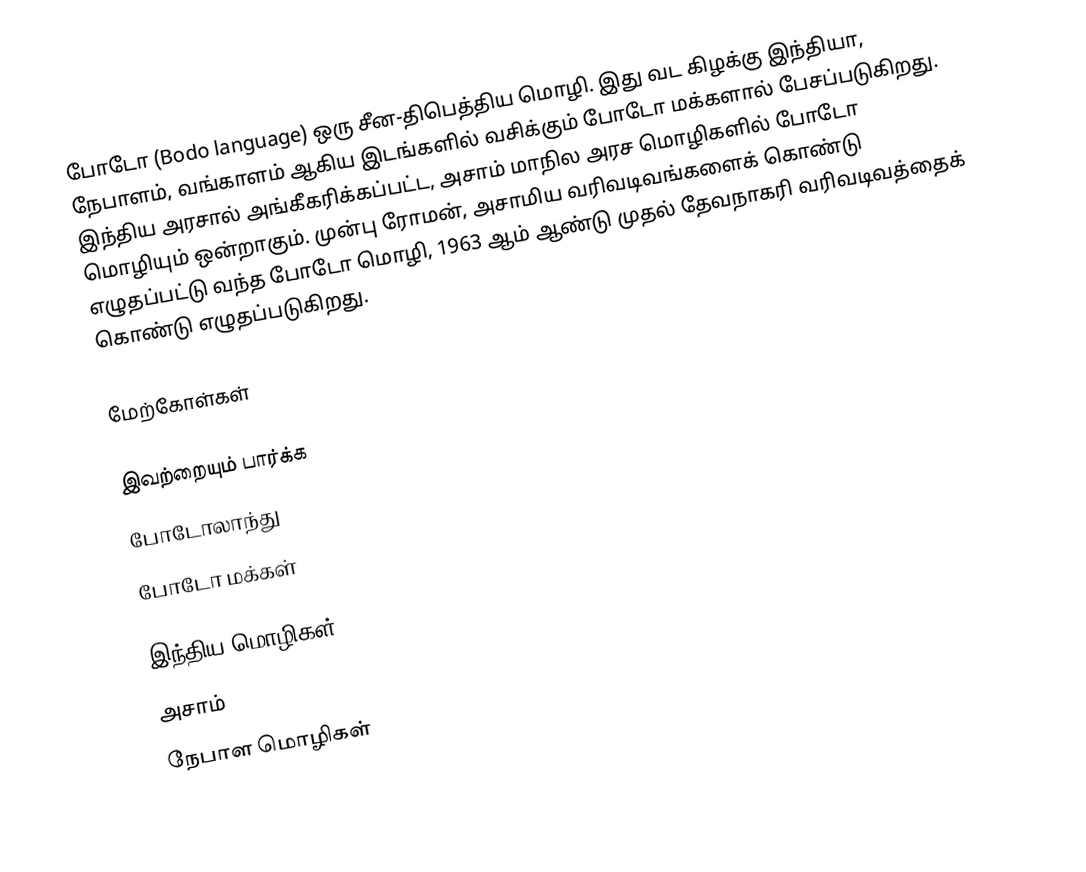
போடோ (Bodo language) ஒரு சீன-திபெத்திய மொழி.  இது வட கிழக்கு இந்தியா, நேபாளம், வங்காளம் ஆகிய இடங்களில் வசிக்கும் போடோ மக்களால் பேசப்படுகிறது. இந்திய அரசால் அங்கீகரிக்கப்பட்ட, அசாம் மாநில அரச மொழிகளில் போடோ மொழியும் ஒன்றாகும். முன்பு ரோமன், அசாமிய வரிவடிவங்களைக் கொண்டு எழுதப்பட்டு வந்த போடோ மொழி, 1963 ஆம் ஆண்டு முதல் தேவநாகரி வரிவடிவத்தைக் கொண்டு எழுதப்படுகிறது.

மேற்கோள்கள்

இவற்றையும் பார்க்க
போடோலாந்து
போடோ மக்கள்

இந்திய மொழிகள்
அசாம்
நேபாள மொழிகள்